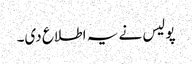
پولیس نے یہ اطلاع دی۔